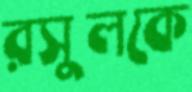
রসুলকে